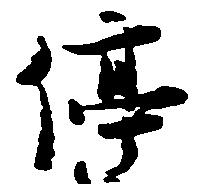
停